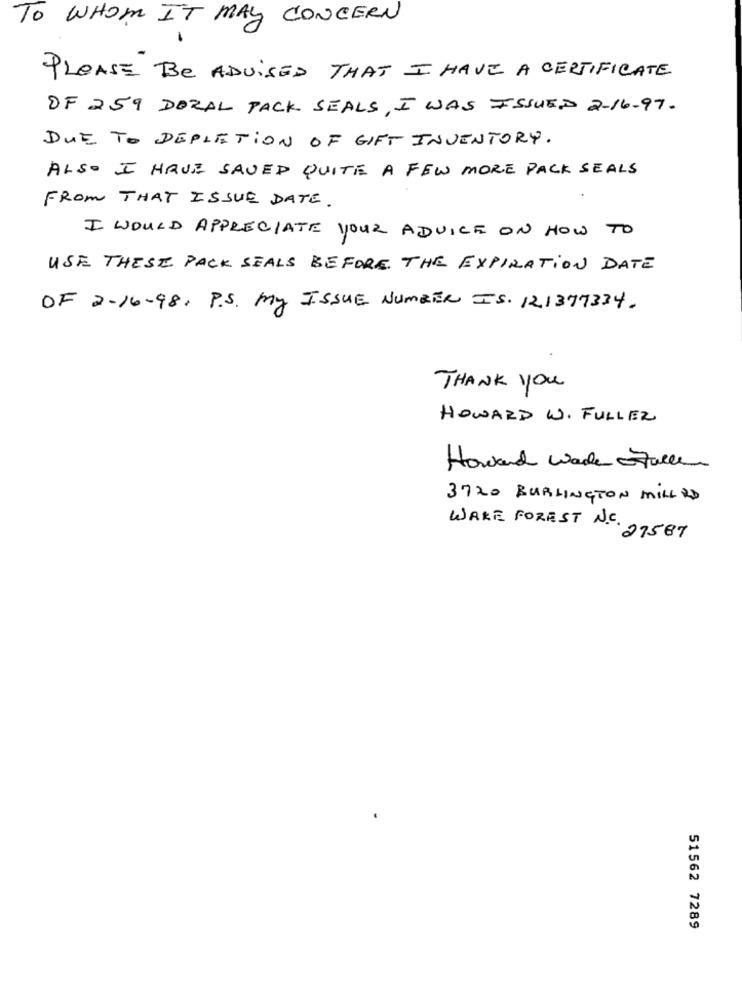
TO WHOM IT MAY CONCERN
PLEASE Be ADVISED THAT I HAVE A CERTIFICATE
OF 259 DORAL PACK SEALS, I WAS ISSUED 2-16-97.
DUE TO DEPLETION OF GIFT INVENTORY.
ALSO I HAVE SAVED QUITE A FEW MORE PACK SEALS
FROM THAT ISSUE DATE.
I WOULD APPRECIATE YOUR ADVICE ON HOW TO
USE THESE PACK SEALS BEFORE THE EXPIRATION DATE
OF 2-16-98, P.S. My ISSUE NUMBER IS. 121377334.
THANK YOU
HOWARD W. FULLER
Howard wade falle
3720 BURLINGTON MILLRD
WAKE FOREST N.C. 27587
51562 7289